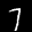
Label: 7